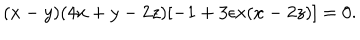
( x - y ) ( 4 x + y - 2 z ) [ - 1 + 3 \epsilon x ( x - 2 z ) ] = 0 .